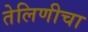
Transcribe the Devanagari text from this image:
तेलिणीचा